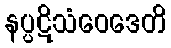
နပ္ပဋိသံဝေဒေတိ